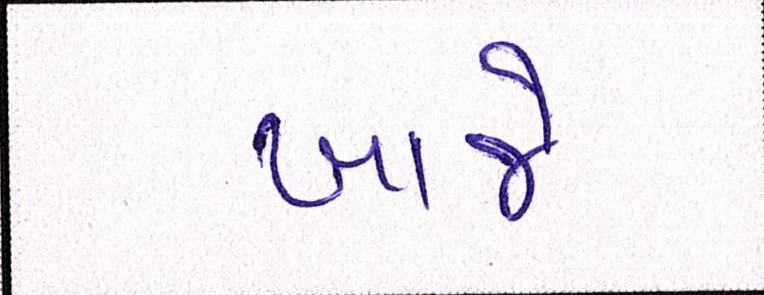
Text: ખાજે